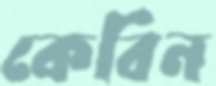
কেবিন